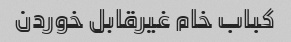
کباب خام غیرقابل خوردن